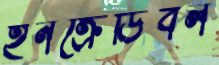
ইনক্রেডিবল